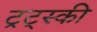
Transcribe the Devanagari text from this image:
ट्रट्स्की